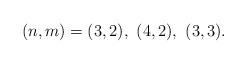
LaTeX: \begin{align*}(n,m)=(3,2),\ (4,2),\ (3,3). \end{align*}